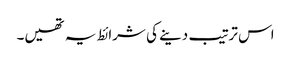
اس ترتیب دینے کی شرائط یہ تھیں۔